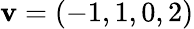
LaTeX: \mathbf{v}=(-1,1,0,2)